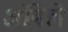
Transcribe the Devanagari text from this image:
अंबिले